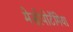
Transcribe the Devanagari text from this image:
मेसोपोटॅमिया